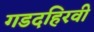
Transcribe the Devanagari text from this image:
गडदहिरवी